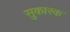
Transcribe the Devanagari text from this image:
सुकारक